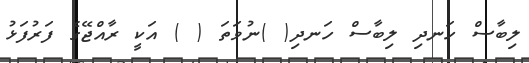
ލިބާސް ހަނދި ލިބާސް ހަނދި( )ނުވަތަ ( ) އަކީ ރާއްޖޭގެ ފަރުފަޅު